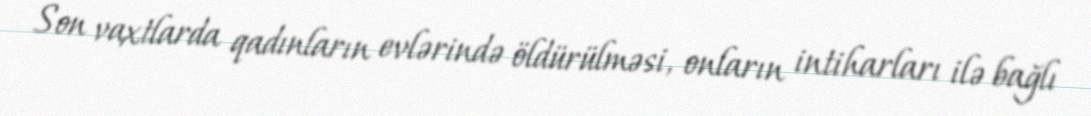
Son vaxtlarda qadınların evlərində öldürülməsi, onların intiharları ilə bağlı